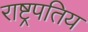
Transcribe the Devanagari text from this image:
राष्ट्रपतिय